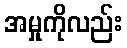
အမှုကိုလည်း